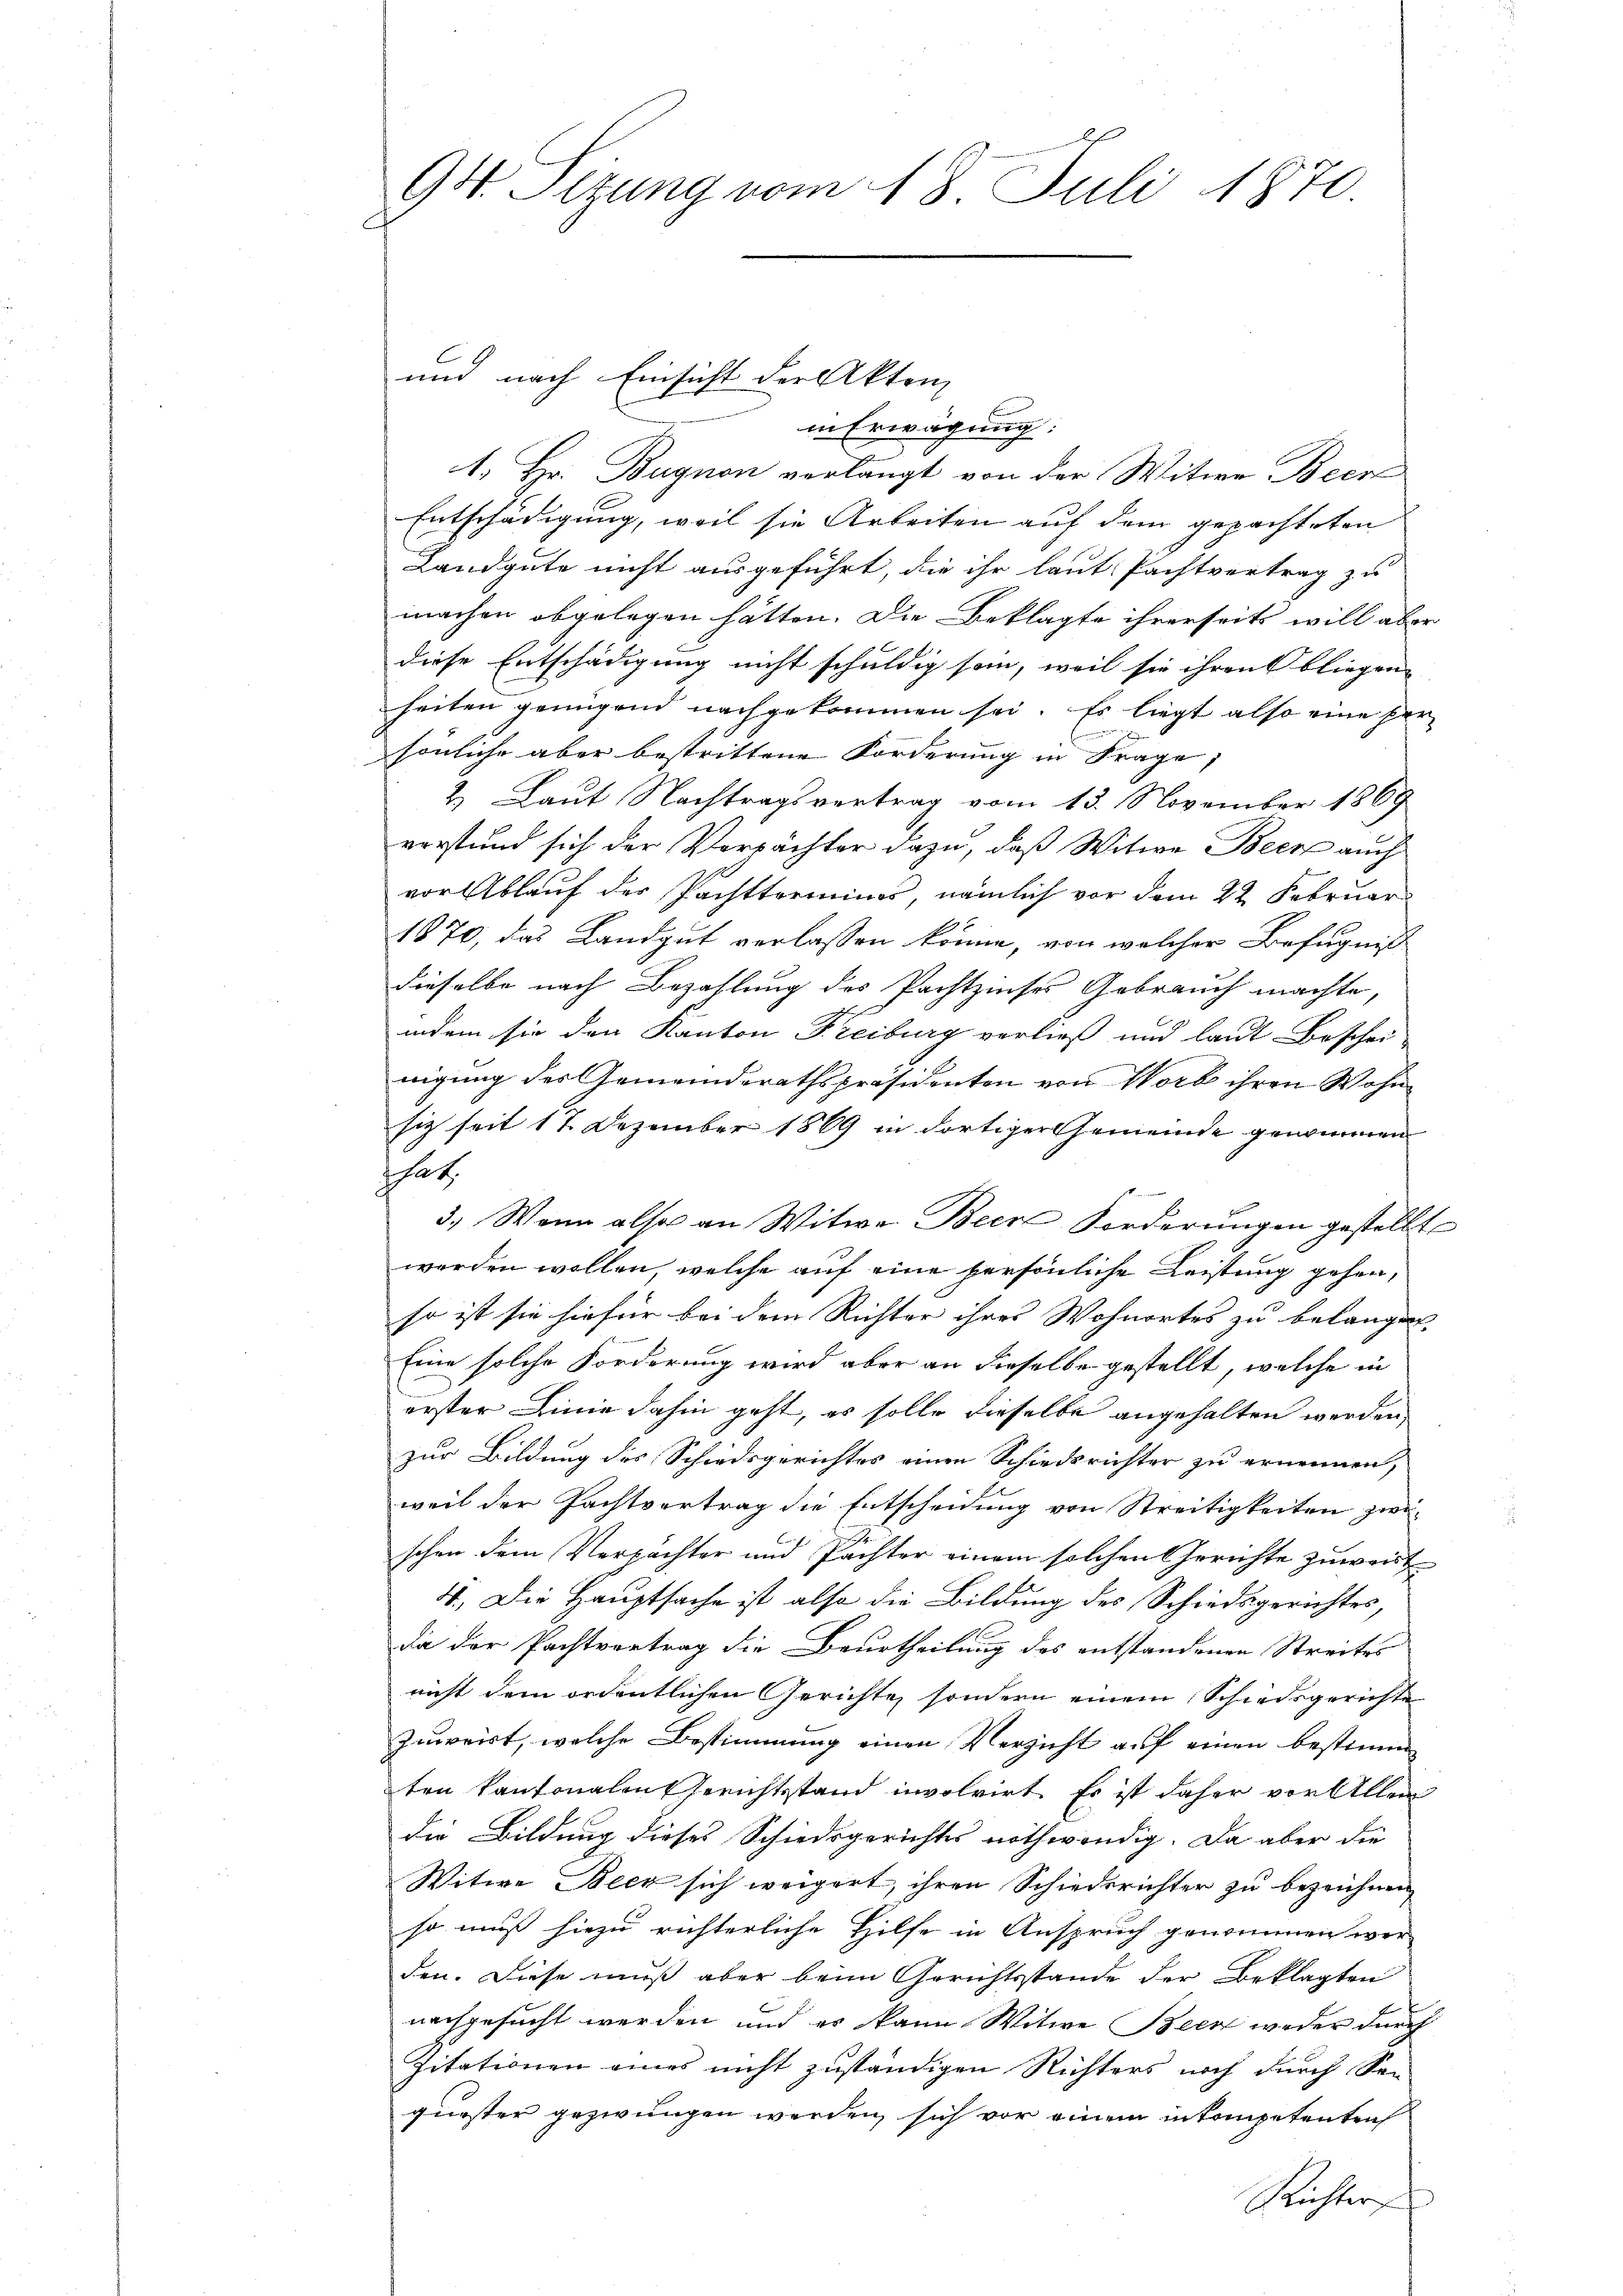
94. Sizung vom 18. Juli 1870

in Erwägung:
1. Hr. Bugnon verlangt von der Witwe Beer
Entschädigung, weil sie Arbeiten auf dem gepachteten
Landgute nicht ausgeführt, die ihr laut Pachtvertrag zu
machen abgelegen hätten. Die Beklagte ihrerseits will aber
diese Entschädigung nicht schuldig sein, weil sie ihren bliegen- |
heiten genügend nachgekommen sei. Es liegt also eine Persönliche aber bestrittene Forderung in Frage,
2. Laut Nachtragsvertrag vom 13. November 1869
vorstund sich der Verpächter dazu, daß Witwe Beer auch
vor Ablauf der Pachtterminos, nämlich vor dem 22. Februar
1870, das Landgut verlassen könne, von welcher Befugniß
dieselbe nach Bezahlung des Pachtzinses Gebrauch machte,
indem sie den Kanton Freiburg verließ und laut Beschei-
nigung des Gemeindsrathspräsidenten von Worb ihren Wohn
siz seit 17 Dezember 1869 in dortiger Gemeinde genommen
That.
3.) Wenn also an Witwe Beere Forderungen gestellt
werden wollen, welche auf eine persönliche Leistung gehen,
so ist sie hiefür bei dem Richter ihres Wohnortes zu belangen
Eine solche Forderung wird aber an dieselbe gestellt, welche in
erster Linie dahin geht, es solle dieselbe angehalten werden,
zur Bildung des Schiedsgerichtes einen Schiedsrichter zu ernennen,
5
weil der Pachtvertrag die Entscheidung von Streitigkeiten zwischen dem Verpächter und Pächter einem solchen Gerichte zuweist
4. Die Hauptsache ist also die Bildung des Schiedsgerichtes,
da der Pachtvertrag die Beurtheilung des entstandenen Streites
nicht dem ordentlichen Gerichte, sondern einem Schiedsgerichte
zuweist, welche Bestimmung einen Versicht auf einen bestimm
ten kantonalen Gerichtsstand involvirt. Es ist daher vor Allen
die Bildung dieses Schiedsgerichtes nothwendig. Da aber die
Witwe Beck sich weigert, ihren Schiedsrichter zu bezeichnen,
so muß hiezu richterliche Hilfe in Anspruch genommen wer-
den. Diese muß aber beim Gerichtsstande der Beklagten
nachgesucht werden und es kann Witwe Beer weder durch
Zitationen eines nicht zuständigen Richters noch durch Sen
guester gezwungen werden, sich vor einem inkompetenten
Richter

und nach Einsicht der Akten